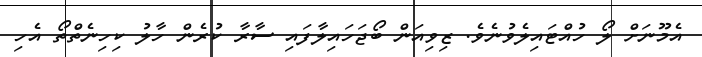
އެމޫނަށް ލޯ ހުއްޓައިލެވުނެވެ. ޒިވިއަން ބޯޖަހައިލާފައި ސާރާ ކުރެން ހާލު ކިހިނެތްތޯ އެހި